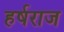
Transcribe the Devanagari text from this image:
हर्षराज